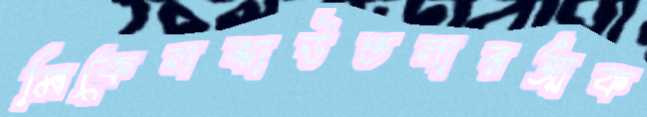
মিকেলঝাউতলারআক